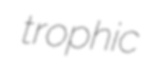
trophic